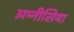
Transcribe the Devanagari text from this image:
अम्नीसिया